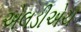
એલડીએચ